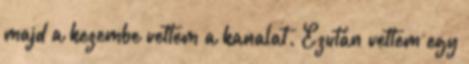
majd a kezembe vettem a kanalat. Ezután vettem egy